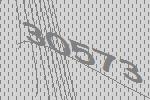
30573